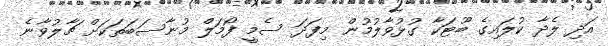
އަދި ލެދާ ކުލައިގެ ބޫޓަކާ ގުޅުވާލުމުން މިފަދަ ސެމީ ފޯމަލް މުނާސަބަތަކަށް ޗާލުވާނެ